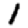
Digit: 1